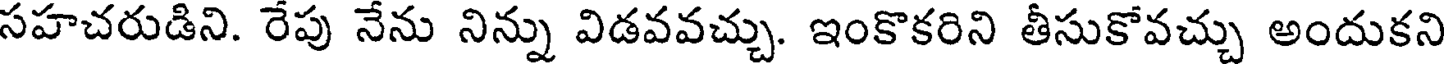
సహచరుడిని. రేపు నేను నిన్ను విడవవచ్చు. ఇంకొకరిని తీసుకోవచ్చు అందుకని